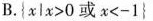
B.$${ x l x > 0 或 x < - 1 }$$